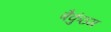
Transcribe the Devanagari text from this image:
बैकुंठम